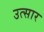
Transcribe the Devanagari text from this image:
उत्सार